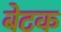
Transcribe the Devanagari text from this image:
बेटक